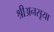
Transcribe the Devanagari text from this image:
श्रीअनसूया